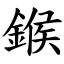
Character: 鍭